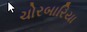
ચોરબારિયા